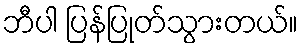
ဘီပါ ပြန်ပြုတ်သွားတယ်။